Civil Veterinary Department Bihar & Orissa reports 1922-29 - 1922-1929
Year: 1922
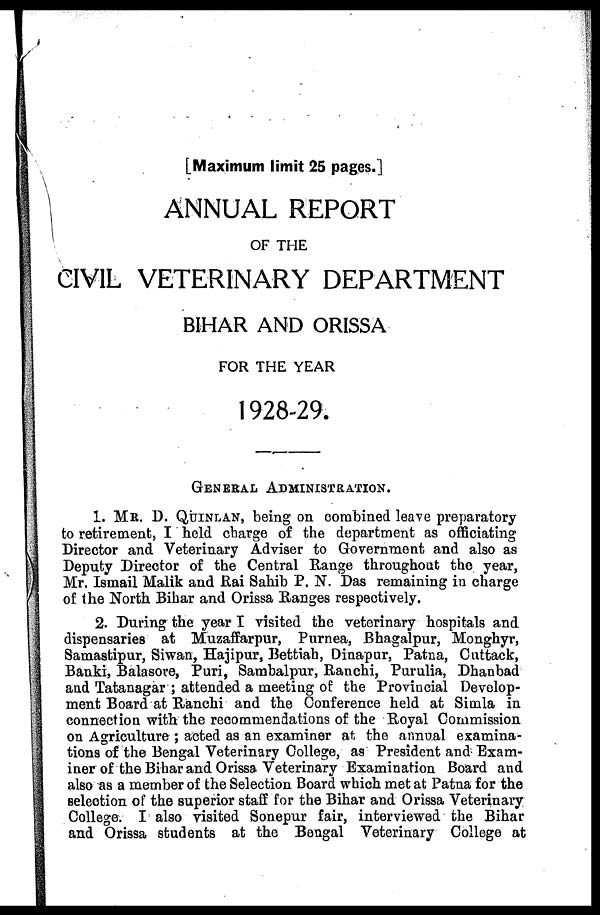
[Maximum limit 25 pages.]
ANNUAL REPORT
OF THE
CIVIL VETERINARY DEPARTMENT
BIHAR AND ORISSA
FOR THE YEAR
1928-29.
GENERAL ADMINISTRATION.
1. MR. D. QUINLAN, being on combined leave preparatory
to retirement, I held charge of the department as officiating
Director and Veterinary Adviser to Government and also as
Deputy Director of the Central Range throughout the year,
Mr. Ismail Malik and Rai Sahib P. N. Das remaining in charge
of the North Bihar and Orissa Ranges respectively.
2. During the year I visited the veterinary hospitals and
dispensaries at Muzaffarpur, Purnea, Bhagalpur, Monghyr,
Samastipur, Siwan, Hajipur, Bettiah, Dinapur, Patna, Cuttack,
Banki, Balasore, Puri, Sambalpur, Ranchi, Purulia, Dhanbad
and Tatanagar ; attended a meeting of the Provincial Develop-
ment Board at Ranchi and the Conference held at Simla in
connection with the recommendations of the Royal Commission
on Agriculture ; acted as an examiner at the annual examina-
tions of the Bengal Veterinary College, as President and Exam-
iner of the Bihar and Orissa Veterinary Examination Board and
also as a member of the Selection Board which met at Patna for the
selection of the superior staff for the Bihar and Orissa Veterinary
College. I also visited Sonepur fair, interviewed the Bihar
and Orissa students at the Bengal Veterinary College at